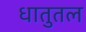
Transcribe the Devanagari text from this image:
धातुतल